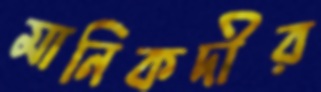
মানিকদীর